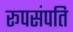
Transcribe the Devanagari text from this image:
रूपसंपति